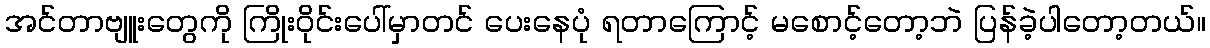
အင်တာဗျူးတွေကို ကြိုးဝိုင်းပေါ်မှာတင် ပေးနေပုံ ရတာကြောင့် မစောင့်တော့ဘဲ ပြန်ခဲ့ပါတော့တယ်။